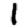
Digit: 1